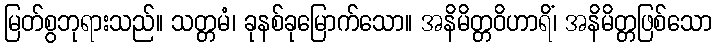
မြတ်စွဘုရားသည်။ သတ္တမံ၊ ခုနစ်ခုမြောက်သော။ အနိမိတ္တဝိဟာရိံ၊ အနိမိတ္တဖြစ်သော